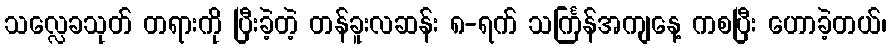
သလ္လေခသုတ် တရားကို ပြီးခဲ့တဲ့ တန်ခူးလဆန်း ၈-ရက် သင်္ကြန်အကျနေ့ ကစပြီး ဟောခဲ့တယ်၊